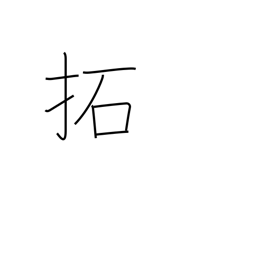
Meaning: break up (land)